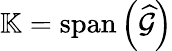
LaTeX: \mathbb{K}=\operatorname{span}\left(\widehat{\mathcal{G}}\right)